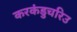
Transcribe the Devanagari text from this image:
करकंडुचरिउ